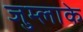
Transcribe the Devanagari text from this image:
जुम्लाके